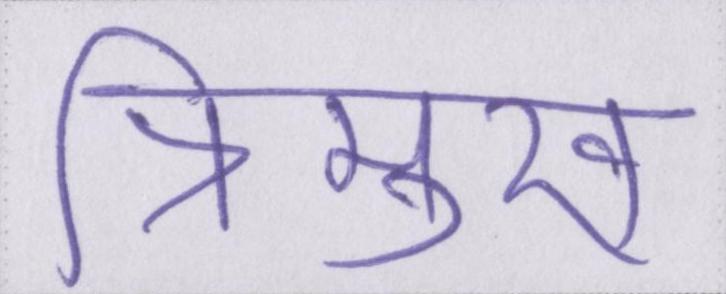
त्रिमुख